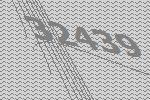
32439